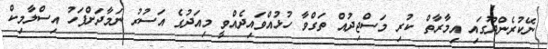
ނޭކުރެންދޫގައި އިމާރާތް ކުރި މަސްޖިދުއް ތަގްވާ ހުޅުއްވައިދެއްވީ މިއަދުގެ އަސުރު ނަމާދަށްފަހު އިސްލާމިކް